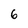
Character: 6